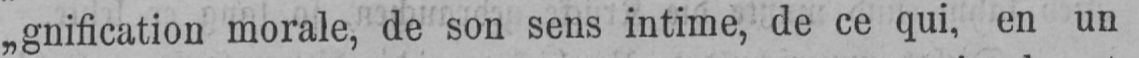
„gnification morale, de son sens intime, de ce qui, en un